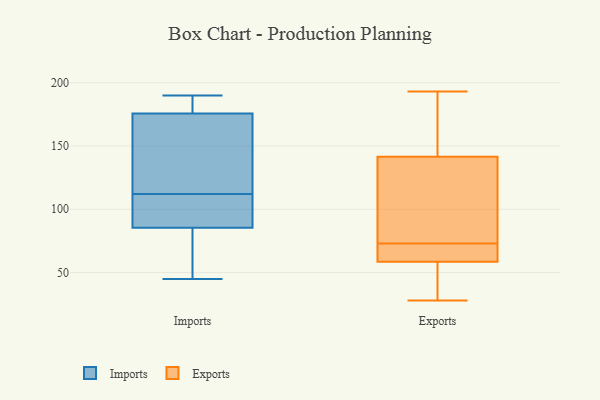
{"axis": {"x": "Churn Rate (%)", "y": "Value"}, "legend": ["Exports", "Imports"], "data": [{"x": "", "y": 76, "type": "Imports"}, {"x": "", "y": 160, "type": "Imports"}, {"x": "", "y": 45, "type": "Imports"}, {"x": "", "y": 145, "type": "Imports"}, {"x": "", "y": 84, "type": "Imports"}, {"x": "", "y": 112, "type": "Imports"}, {"x": "", "y": 90, "type": "Imports"}, {"x": "", "y": 53, "type": "Imports"}, {"x": "", "y": 182, "type": "Imports"}, {"x": "", "y": 90, "type": "Imports"}, {"x": "", "y": 183, "type": "Imports"}, {"x": "", "y": 190, "type": "Imports"}, {"x": "", "y": 91, "type": "Imports"}, {"x": "", "y": 181, "type": "Imports"}, {"x": "", "y": 117, "type": "Imports"}, {"x": "", "y": 63, "type": "Imports"}, {"x": "", "y": 108, "type": "Imports"}, {"x": "", "y": 183, "type": "Imports"}, {"x": "", "y": 160, "type": "Imports"}, {"x": "", "y": 69, "type": "Exports"}, {"x": "", "y": 28, "type": "Exports"}, {"x": "", "y": 77, "type": "Exports"}, {"x": "", "y": 91, "type": "Exports"}, {"x": "", "y": 126, "type": "Exports"}, {"x": "", "y": 67, "type": "Exports"}, {"x": "", "y": 193, "type": "Exports"}, {"x": "", "y": 187, "type": "Exports"}, {"x": "", "y": 31, "type": "Exports"}, {"x": "", "y": 157, "type": "Exports"}, {"x": "", "y": 62, "type": "Exports"}, {"x": "", "y": 55, "type": "Exports"}]}